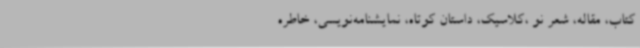
کتاب، مقاله، شعر نو ،کلاسیک، داستان کوتاه، نمایشنامه‌نویسی، خاطره